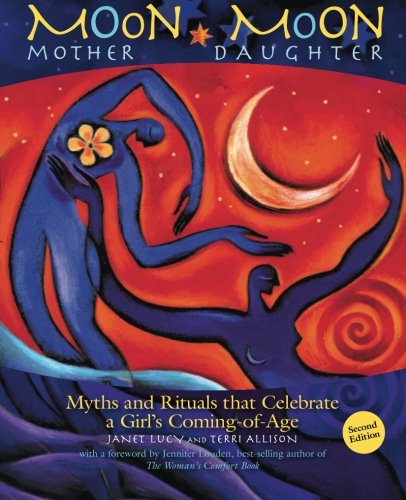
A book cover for Moon Mother, Moon Daughter; Janet Lucy; Parenting & Relationships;